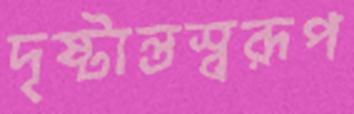
দৃষ্টান্তস্বরূপ